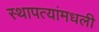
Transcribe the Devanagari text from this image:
स्थापत्यांमधली